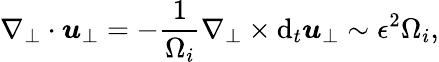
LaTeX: \nabla_{\perp}\cdot\boldsymbol{u}_{\perp}=-\frac{1}{\Omega_{i}}\nabla_{\perp}\times\mathrm{d}_{t}\boldsymbol{u}_{\perp}\sim\epsilon^{2}\Omega_{i},